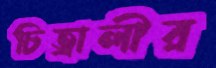
চিত্রালীর